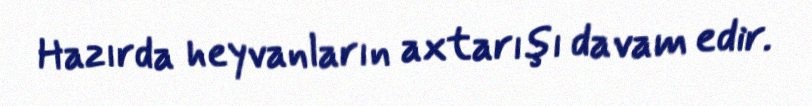
Hazırda heyvanların axtarışı davam edir.